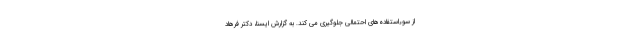
از سوءاستفاده‌های احتمالی جلوگیری می کند. به گزارش ایسنا، دکتر فرهاد